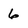
Character: 6